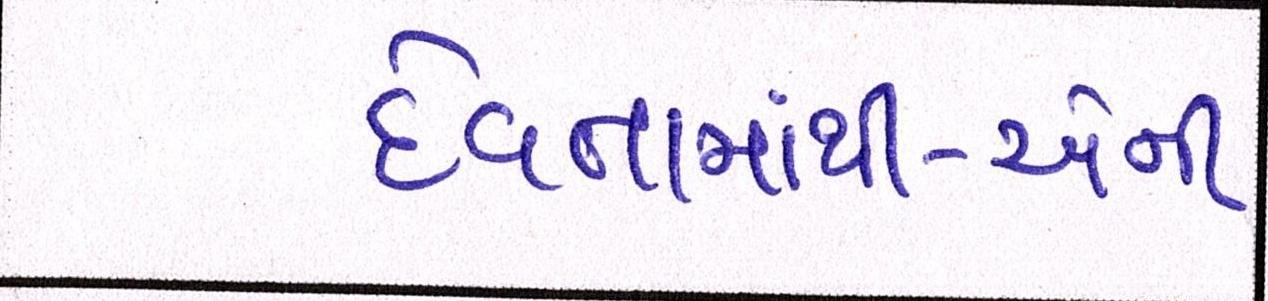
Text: દેવતામાંથી-એની